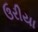
ઉરીયા